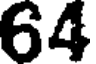
64